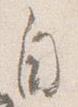
自